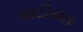
માટીયાર